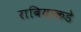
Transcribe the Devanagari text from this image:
राबियाकडे